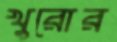
খুরোর